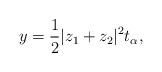
LaTeX: \begin{align*}y=\frac{1}{2}|z_1+z_2|^2t_{\alpha},\end{align*}